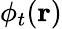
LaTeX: \phi_{t}(\mathbf{r})